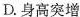
D.身高突增